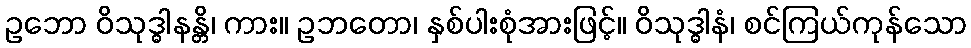
ဥဘော ဝိသုဒ္ဓါနန္တိ၊ ကား။ ဥဘတော၊ နှစ်ပါးစုံအားဖြင့်။ ဝိသုဒ္ဓါနံ၊ စင်ကြယ်ကုန်သော